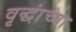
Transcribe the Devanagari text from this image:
वृद्धांच्या